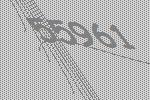
55961